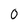
Character: O